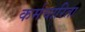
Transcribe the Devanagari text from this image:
कर्मचारिता